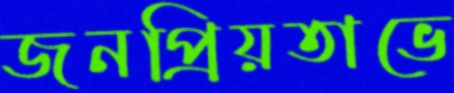
জনপ্রিয়তাভে